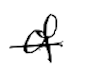
Text: of
Cross-out: single-line
Writing tool: digital_black